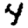
Digit: 4